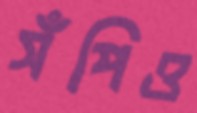
সঁপিও